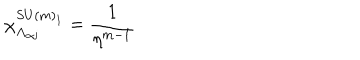
LaTeX: \chi _ { \mathbf { \Lambda } _ { \alpha j } } ^ { S U ( m ) _ { 1 } } = \frac { 1 } { \eta ^ { m - 1 } }